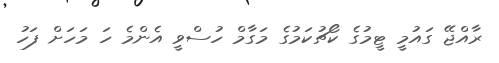
ރާއްޖޭ ގައުމީ ޓީމުގެ ކޯޗުކަމުގެ މަގާމް ހުސްވީ އެންމެ ހަ މަހަށް ފަހު